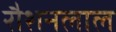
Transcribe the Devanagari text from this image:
रौशनलाल